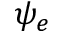
\psi _ { e }